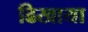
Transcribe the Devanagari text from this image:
ढिखाया